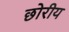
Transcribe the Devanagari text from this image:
छोरीय